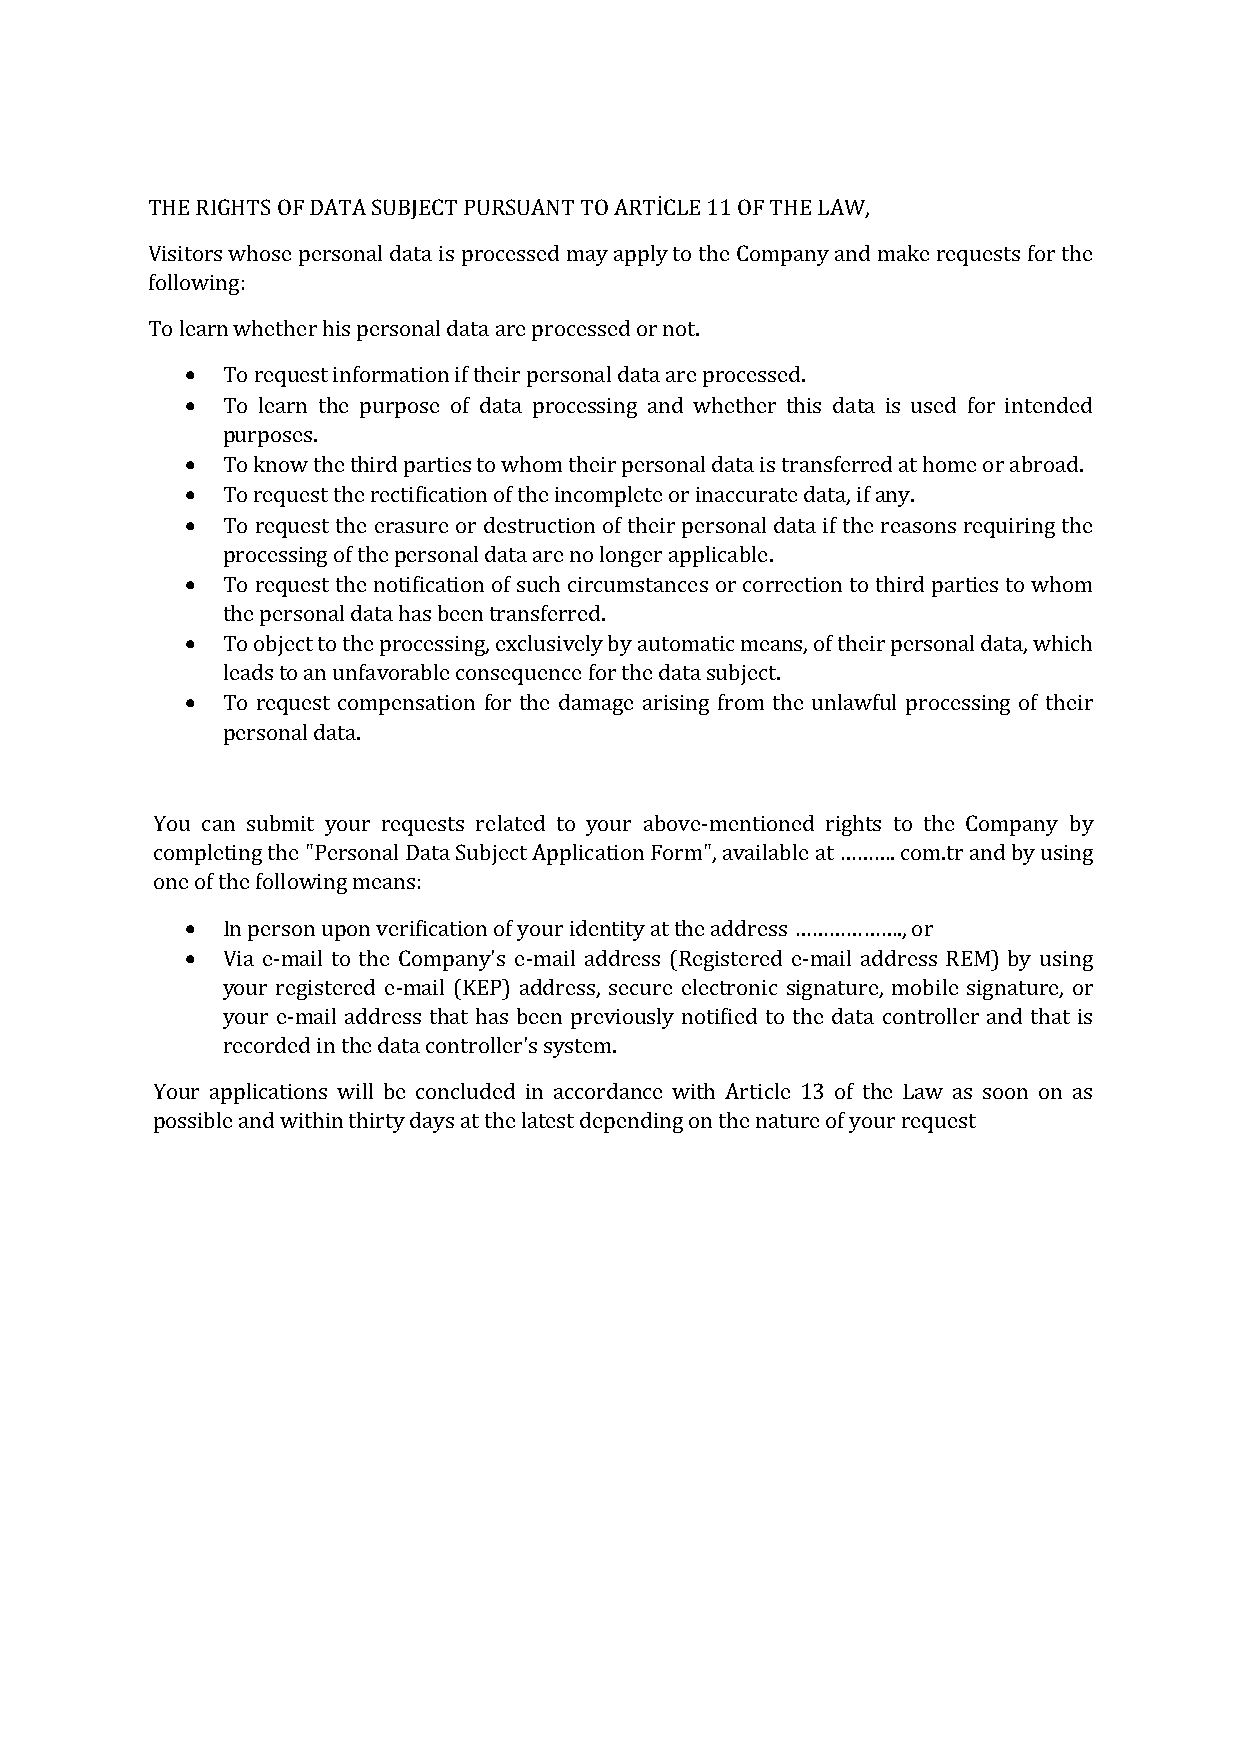
THE RIGHTS OF DATA SUBJECT PURSUANT TO ARTİCLE 11 OF THE LAW,
 Visitors whose personal data is processed may apply to the Company and make requests for the
 following:
 To learn whether his personal data are processed or not.
 •  To request information if their personal data are processed.
 •  To learn the purpose of data processing and whether this data is used for intended
 purposes.
 •  To know the third parties to whom their personal data is transferred at home or abroad.
 •  To request the rectification of the incomplete or inaccurate data, if any.
 •  To request the erasure or destruction of their personal data if the reasons requiring the
 processing of the personal data are no longer applicable.
 •  To request the notification of such circumstances or correction to third parties to whom
 the personal data has been transferred.
 •  To object to the processing, exclusively by automatic means, of their personal data, which
 leads to an unfavorable consequence for the data subject.
 •  To request compensation for the damage arising from the unlawful processing of their
 personal data.
 You can submit your requests related to your above-mentioned rights to the Company by
 completing the "Personal Data Subject Application Form", available at ………. com.tr and by using
 one of the following means:
 •  In person upon verification of your identity at the address ………………., or
 •  Via e-mail to the Company's e-mail address (Registered e-mail address REM) by using
 your registered e-mail (KEP) address, secure electronic signature, mobile signature, or
 your e-mail address that has been previously notified to the data controller and that is
 recorded in the data controller's system.
 Your applications will be concluded in accordance with Article 13 of the Law as soon on as
 possible and within thirty days at the latest depending on the nature of your request